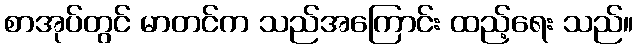
စာအုပ်တွင် မာတင်က သည်အကြောင်း ထည့်ရေး သည်။